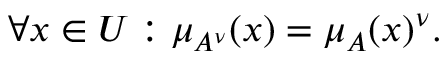
\forall x \in { U } : \mu _ { A ^ { \nu } } ( x ) = \mu _ { A } ( x ) ^ { \nu } .